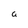
Character: a